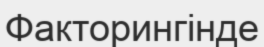
Факторингінде